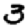
Digit: 3